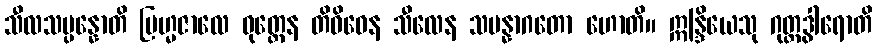
သီလသမ္ပန္နောတိ ဗြဟ္မဇာလေ ဝုတ္တေန တိဝိဓေန သီလေန သမန္နာဂတော ဟောတိ။ ဣန္ဒြိယေသု ဂုတ္တဒွါရောတိ